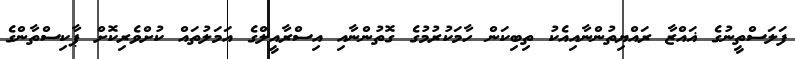
ފަލަސްތީނުގެ ޣައްޒާ ރައްޔިތުންނާއިއެކު ތިބިކަން ހާމަކުރުމުގެ ގޮތުންނާއި އިސްރާއީލްގެ އަމަލުތައް ކުށްވެރިކޮށް ޕާކިސްތާންގެ